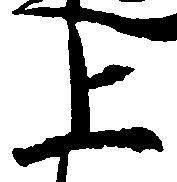
上